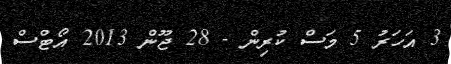
3 އަހަރު 5 މަސް ކުރިން - 28 ޖޫން 2013 އޯޓްސް